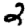
Digit: 2